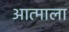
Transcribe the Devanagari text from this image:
आत्माला